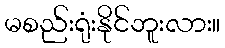
မစည်းရုံးနိုင်ဘူးလား။